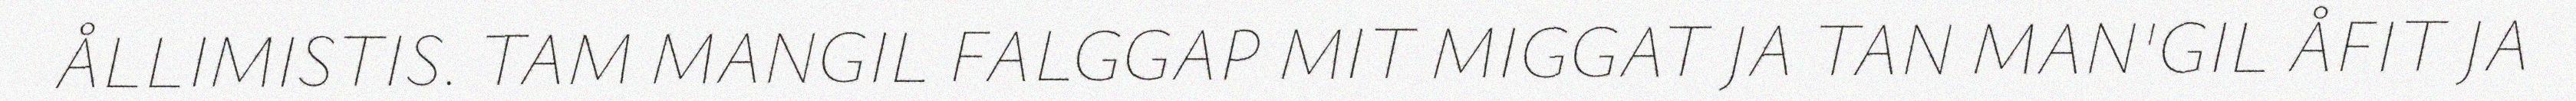
ÅLLIMISTIS. TAM MANGIL FALGGAP MIT MIGGAT JA TAN MAN'GIL ÅFIT JA